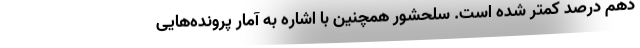
دهم درصد کمتر شده است. سلحشور همچنین با اشاره به آمار پرونده‌هایی